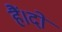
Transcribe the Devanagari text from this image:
हैं।दो